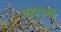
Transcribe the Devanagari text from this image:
वडारणी